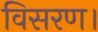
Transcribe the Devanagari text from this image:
विसरण।